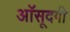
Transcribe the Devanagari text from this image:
आॅसूदगी